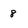
Character: 8